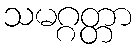
သမဂ္ဂတ္တာ